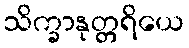
သိက္ခာနုတ္တရိယေ